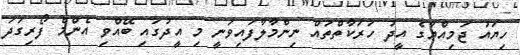
ހިޔައު ޖަމިއްޔާގެ އީދު ހަރަކާތްތައް ނިންމާލާފައިވަނީ މި އީދުގައި ބޭއްވި އެންމެ ފޯރިގަދަ